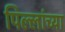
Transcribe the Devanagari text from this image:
पिल्लांच्या